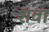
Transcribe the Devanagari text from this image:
शवा